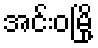
အင်းဝမြို့